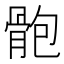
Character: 骲